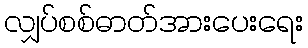
လျှပ်စစ်ဓာတ်အားပေးရေး